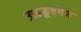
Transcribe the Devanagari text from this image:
उत्स्फूर्तपण